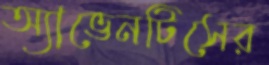
অ্যাভেনটিসের